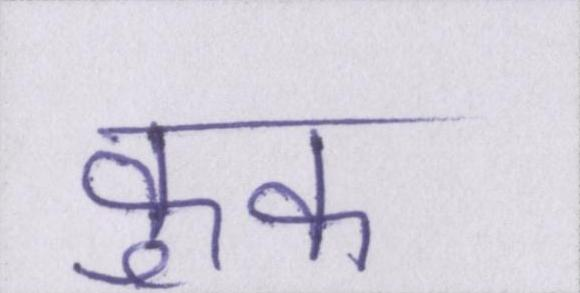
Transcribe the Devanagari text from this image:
कुक